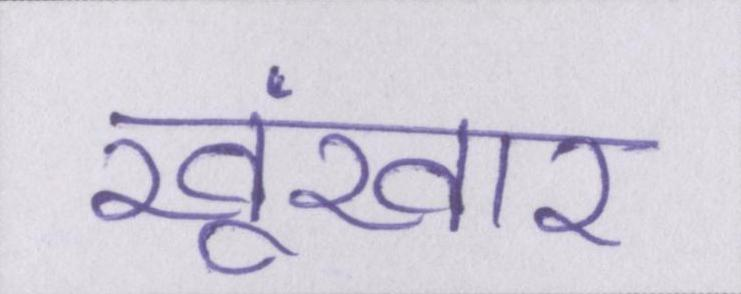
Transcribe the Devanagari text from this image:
खूंखार